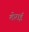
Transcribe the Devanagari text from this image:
तोराई